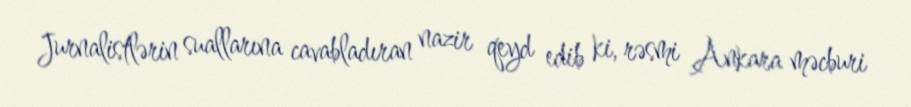
Jurnalistlərin suallarına cavabladıran nazir qeyd edib ki, rəsmi Ankara məcburi